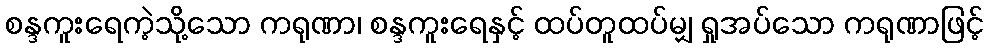
စန္ဒကူးရေကဲ့သို့သော ကရုဏာ၊ စန္ဒကူးရေနှင့် ထပ်တူထပ်မျှ ရှုအပ်သော ကရုဏာဖြင့်